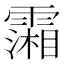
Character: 𩅪